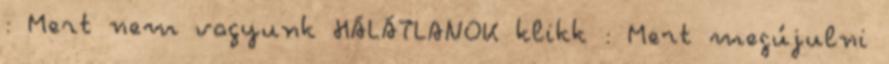
: Mert nem vagyunk HÁLÁTLANOK klikk : Mert megújulni